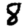
Digit: 8